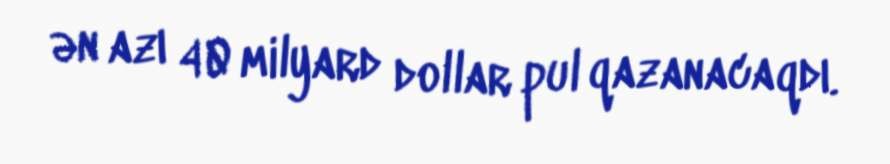
ən azı 40 milyard dollar pul qazanacaqdı.